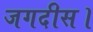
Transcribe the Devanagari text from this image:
जगदीस।